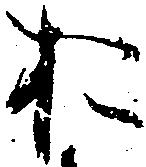
お